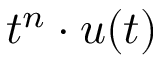
t ^ { n } \cdot u ( t )